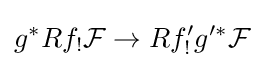
g^{*}Rf_{!}{\mathcal {F}}\to Rf'_{!}g'^{*}{\mathcal {F}}